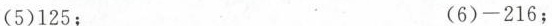
(5)125； (6)-216；